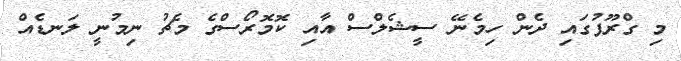
މި ގްރޫޕުގައި ދެން ހިމެނޭ ސީޝެލްސް އާއި ކޮމޮރޯސްގެ މެޗު ނިމުނީ ލަނޑެއް